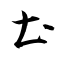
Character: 土